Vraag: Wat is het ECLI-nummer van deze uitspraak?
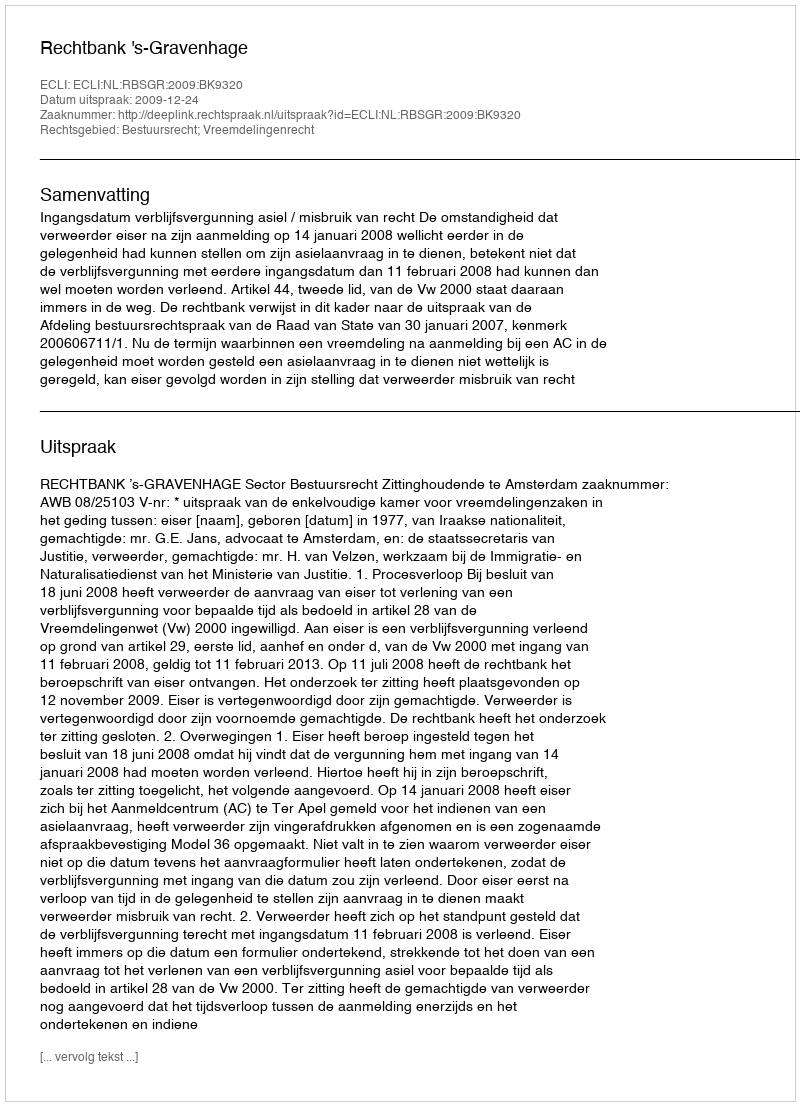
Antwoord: ECLI:NL:RBSGR:2009:BK9320